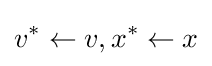
v^{*}\leftarrow v,x^{*}\leftarrow x